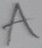
Text: A